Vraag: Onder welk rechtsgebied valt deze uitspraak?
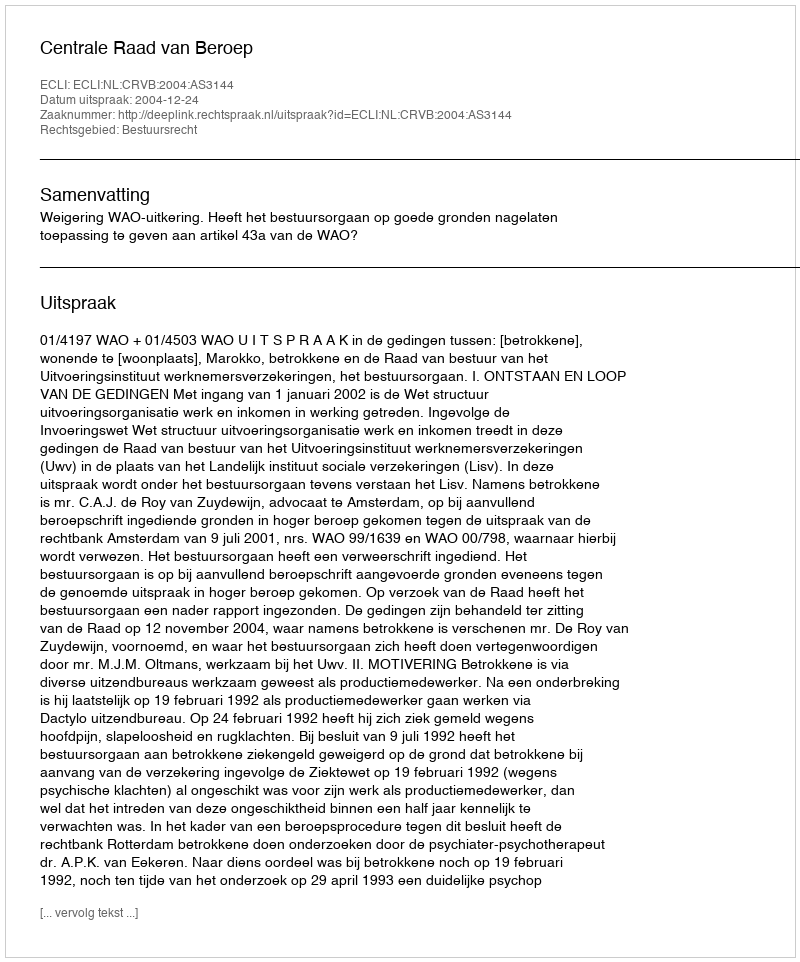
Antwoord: Bestuursrecht